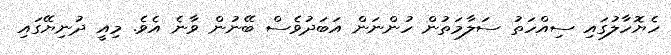
ހެޔޮހާލުގައި ސިއްހަތު ސަލާމަތުން ހުންނަން އަބަދުވެސް ބޭނުން ވާނެ އެވެ. މިއީ ދުނިޔޭގައި